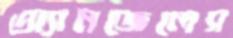
অ্যানজেলেস